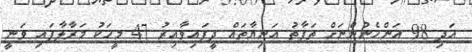
އަދި 98 އަންހެނުންނަށް ތަފާތު އަނިޔާތައް ދީފައިވާއިރު 47 މީހަކު މަރާލާފައި ވަނީ